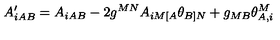
A _ { i A B } ^ { \prime } = A _ { i A B } - 2 g ^ { M N } A _ { i M [ A } \theta _ { B ] N } + g _ { M B } \theta _ { A , i } ^ { M }